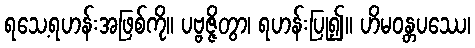
ရသေ့ရဟန်းအဖြစ်ကို။ ပဗ္ဗဇ္ဇိတွာ၊ ရဟန်းပြု၍။ ဟိမဝန္တပဿေ၊